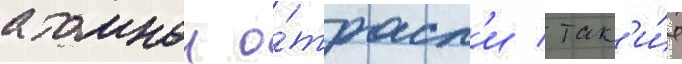
атомнои о́трасл'и / так'и́е